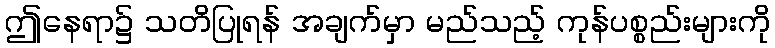
ဤနေရာ၌ သတိပြုရန် အချက်မှာ မည်သည့် ကုန်ပစ္စည်းများကို